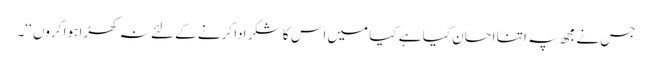
جس نے مجھ پہ اتنا احسان کیا ہے کیا میں اس کا شکر ادا کرنے کے لئے نہ کھڑا ہوا کروں ‘‘۔